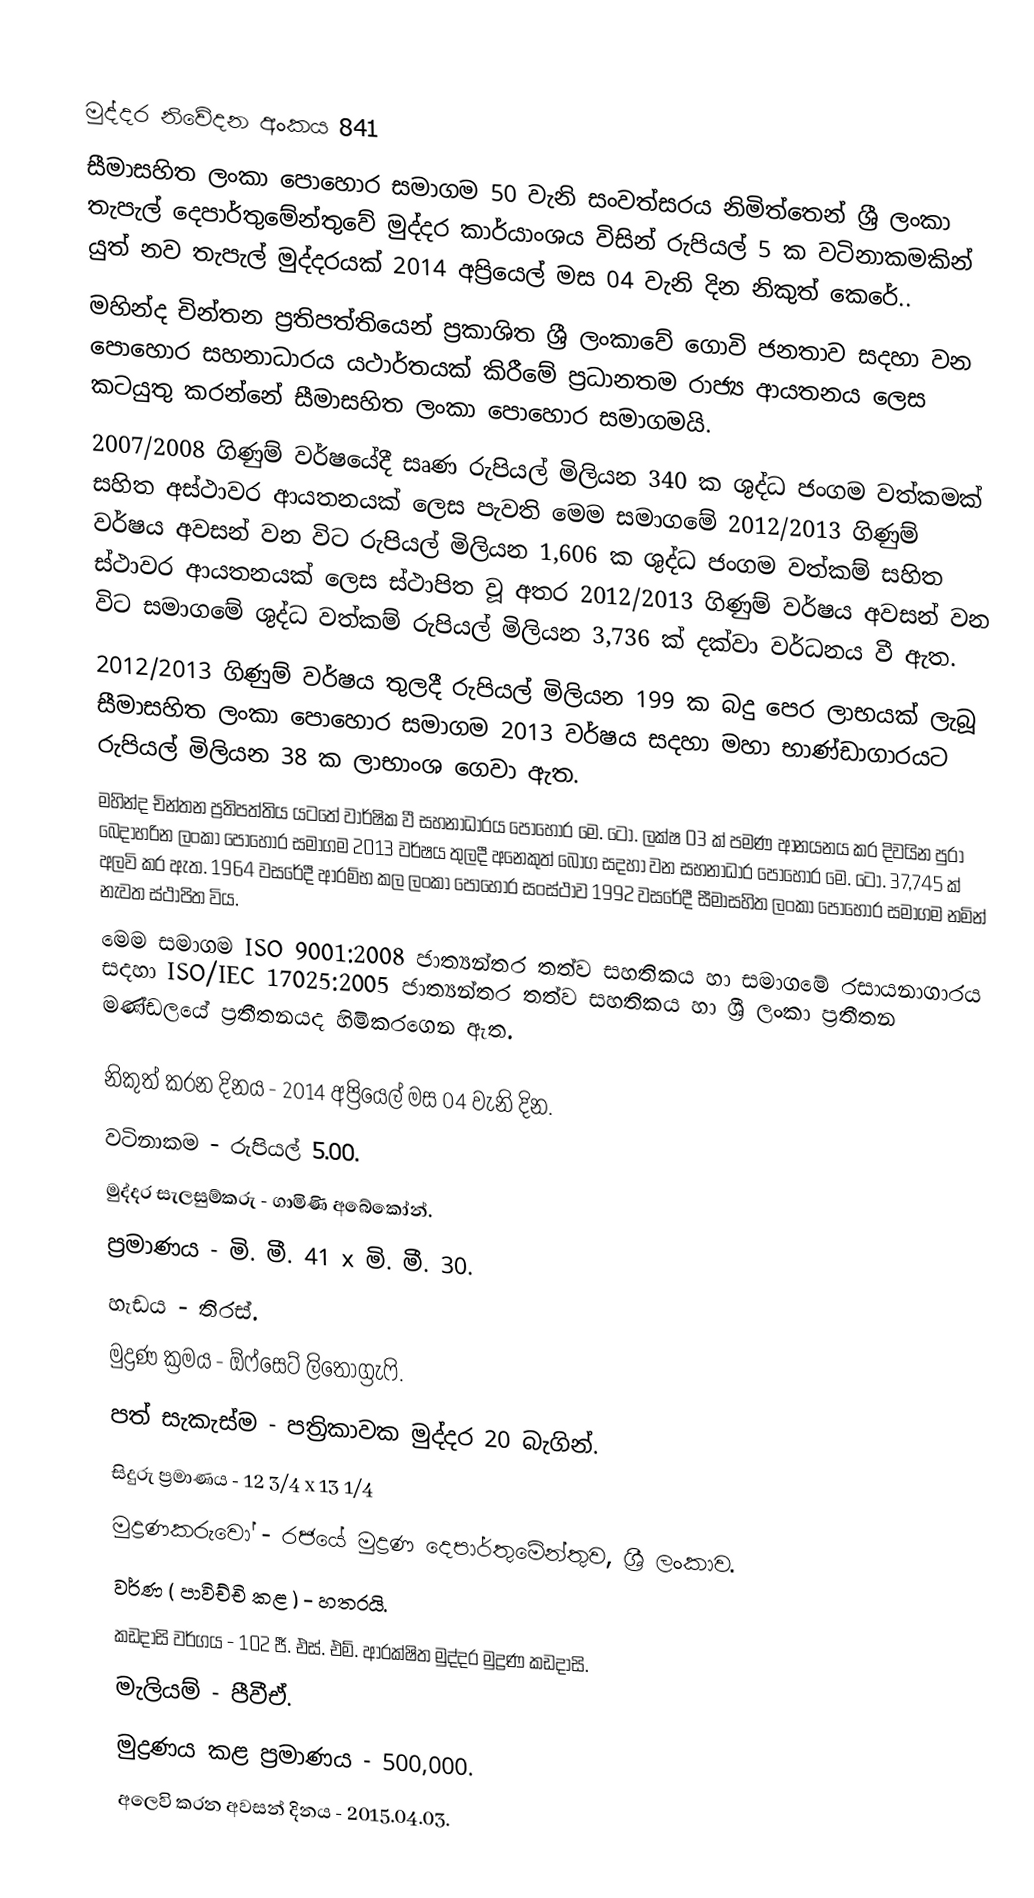

මුද්දර නිවේදන අංකය 841
සීමාසහිත ලංකා පොහොර සමාගම 50 වැනි සංවත්සරය නිමිත්තෙන් ශ්‍රී ලංකා තැපැල් දෙපාර්තුමේන්තුවේ මුද්දර කාර්යාංශය විසින් රුපියල් 5 ක වටිනාකමකින් යුත් නව තැපැල් මුද්දරයක් 2014 අප්‍රියෙල් මස 04 වැනි දින නිකුත් කෙරේ..
මහින්ද චින්තන ප්‍රතිපත්තියෙන් ප්‍රකාශිත ශ්‍රී ලංකාවේ ගොවි ජනතාව සදහා වන පොහොර සහනාධාරය යථාර්තයක් කිරීමේ ප්‍රධානතම රාජ්‍ය ආයතනය ලෙස කටයුතු කරන්නේ සීමාසහිත ලංකා පොහොර සමාගමයි.
2007/2008 ගිණුම් වර්ෂයේදී සෘණ රුපියල් මිලියන 340 ක ශුද්ධ ජංගම වත්කමක් සහිත අස්ථාවර ආයතනයක් ලෙස පැවති මෙම සමාගමේ 2012/2013 ගිණුම් වර්ෂය අවසන් වන විට රුපියල් මිලියන 1,606 ක ශුද්ධ ජංගම වත්කම් සහිත ස්ථාවර ආයතනයක් ලෙස ස්ථාපිත වූ අතර 2012/2013 ගිණුම් වර්ෂය අවසන් වන විට සමාගමේ ශුද්ධ වත්කම් රුපියල් මිලියන 3,736 ක් දක්වා වර්ධනය වී ඇත.
2012/2013 ගිණුම් වර්ෂය තුලදී රුපියල් මිලියන 199 ක බදු පෙර ලාභයක් ලැබූ සීමාසහිත ලංකා පොහොර සමාගම 2013 වර්ෂය සදහා මහා භාණ්ඩාගාරයට රුපියල් මිලියන 38 ක ලාභාංශ ගෙවා ඇත.
මහින්ද චින්තන ප්‍රතිපත්තිය යටතේ වාර්ෂික වී සහනාධාරය පොහොර මෙ. ටො. ලක්ෂ 03 ක් පමණ ආනයනය කර දිවයින පුරා බෙදාහරින ලංකා පොහොර සමාගම 2013 වර්ෂය තුලදී අනෙකුත් බෝග සදහා වන සහනාධාර පොහොර මෙ. ටො. 37,745 ක් අලවි කර ඇත. 1964 වසරේදී ආරම්භ කල ලංකා පොහොර සංස්ථාව 1992 වසරේදී සීමාසහිත ලංකා පොහොර සමාගම නමින් නැවත ස්ථාපිත විය.
මෙම සමාගම ISO 9001:2008 ජාත්‍යන්තර තත්ව සහතිකය හා සමාගමේ රසායනාගාරය සදහා ISO/IEC 17025:2005 ජාත්‍යන්තර තත්ව සහතිකය හා ශ්‍රී ලංකා ප්‍රතීතන මණ්ඩලයේ ප්‍රතීතනයද හිමිකරගෙන ඇත.

නිකුත් කරන දිනය - 2014 අප්‍රියෙල් මස 04 වැනි දින.
වටිනාකම - රුපියල් 5.00.
මුද්දර සැලසුම්කරු - ගාමිණි අබේකෝන්.
ප්‍රමාණය - මි. මී. 41 x මි. මී. 30.
හැඩය - තිරස්.
මුද්‍රණ ක්‍රමය - ඕෆ්සෙට් ලිතෝග්‍රැෆි.
පත් සැකැස්ම - පත්‍රිකාවක මුද්දර 20 බැගින්.
සිදුරු ප්‍රමාණය - 12 3/4 x 13 1/4
මුද්‍රණකරුවෝ - රජයේ මුද්‍රණ දෙපාර්තුමේන්තුව, ශ්‍රී ලංකාව.
වර්ණ ( පාවිච්චි කළ ) - හතරයි.
කඩදාසි වර්ගය - 102 ජී. එස්. එම්. ආරක්ෂිත මුද්දර මුද්‍රණ කඩදාසි.
මැලියම් - පීවීඒ.
මුද්‍රණය කළ ප්‍රමාණය - 500,000.
අලෙවි කරන අවසන් දිනය - 2015.04.03.